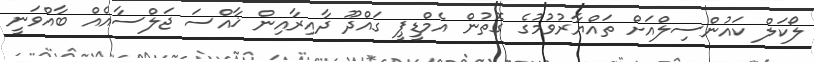
ލޯކަލް ކައުންސިލްއަށް ތައްޔާރުވުމުގެ ގޮތުން އެމްޑީޕީ ގައްދޫ ދާއިރާއިން ޚާއްސަ ޖަލްސާއެއް ބާއްވަނީ